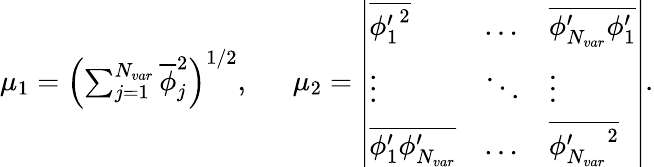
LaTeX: \begin{array}{r}{\mu_{1}=\left(\sum_{j=1}^{N_{var}}\overline{{\phi}}_{j}^{2}\right)^{1/2},\ \ \ \ \ \ \mu_{2}=\left|\begin{array}{lll}{\overline{{{\phi_{1}^{\prime}}^{2}}}}&{\dots}&{\overline{{\phi_{N_{var}}^{\prime}\phi_{1}^{\prime}}}}\\ {\vdots}&{\ddots}&{\vdots}\\ {\overline{{\phi_{1}^{\prime}\phi_{N_{var}}^{\prime}}}}&{\dots}&{\overline{{{\phi_{N_{var}}^{\prime}}^{2}}}}\end{array}\right|.}\end{array}